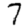
Digit: 7